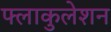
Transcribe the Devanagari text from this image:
फ्लाकुलेशन